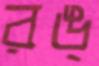
রঙ্